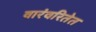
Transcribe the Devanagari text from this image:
वारंवरितेत